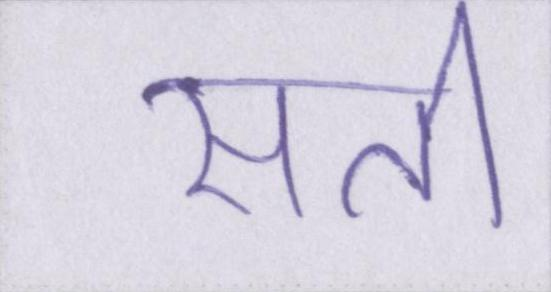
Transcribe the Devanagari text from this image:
सती